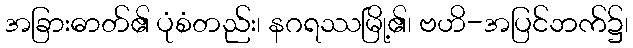
အခြားဓာတ်၏ ပုံစံတည်း၊ နဂရဿမြို့၏၊ ဗဟိ-အပြင်ဘက်၌၊